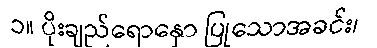
၁။ ပိုးချည်ရောနှော ပြုသောအခင်း၊